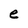
Character: e